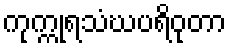
ကုက္ကုရသံဃပရိဝုတာ